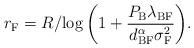
LaTeX: \begin{align*}r_{\textrm{F}}={R}/{\log \left(1+\frac{P_{\textrm{B}} \lambda_{\textrm{BF}}}{d_{\textrm{BF}}^{\alpha} \sigma_{\textrm{F}}^2} \right) }.\end{align*}